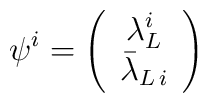
\psi^i=\left(\begin{array}{c}\lambda^i_L\\\bar{\lambda}_{L\,i}\end{array}\right)